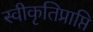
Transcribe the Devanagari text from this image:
स्वीकृतिप्राप्ति